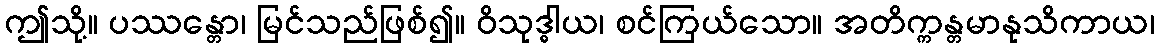
ဤသို့။ ပဿန္တော၊ မြင်သည်ဖြစ်၍။ ဝိသုဒ္ဓါယ၊ စင်ကြယ်သော။ အတိက္ကန္တမာနုသိကာယ၊